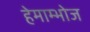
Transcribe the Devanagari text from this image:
हेमाम्भोज